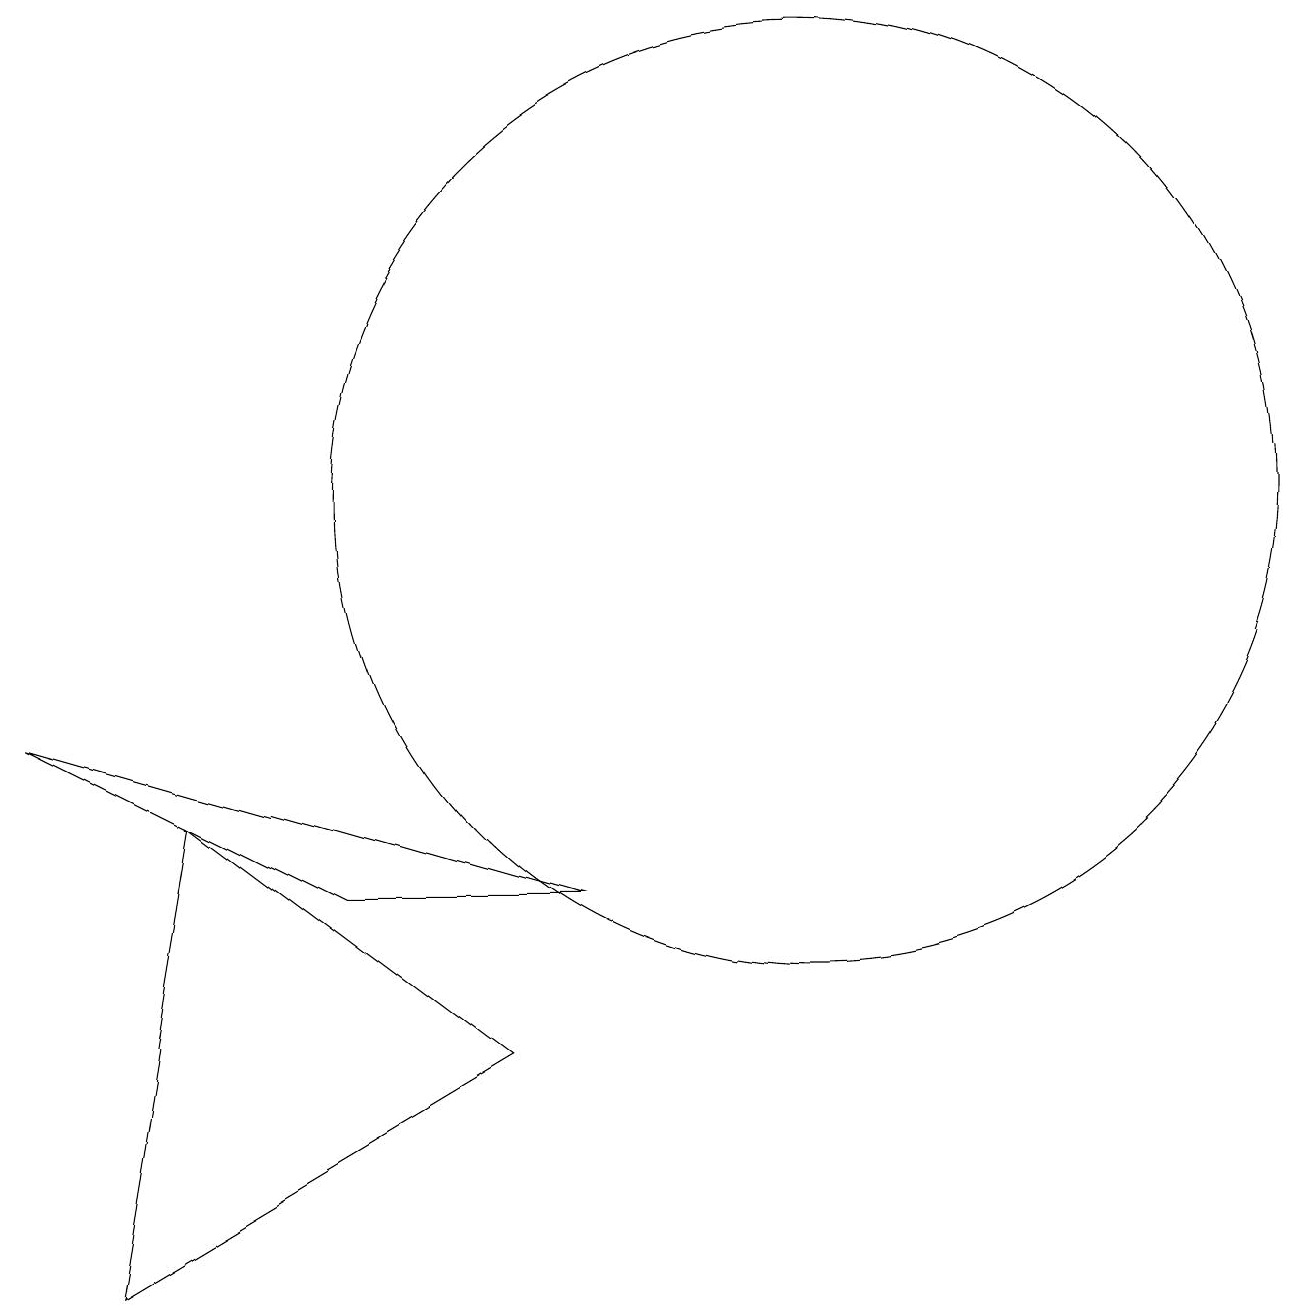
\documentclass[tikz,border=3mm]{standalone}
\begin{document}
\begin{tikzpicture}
\draw (2,1) -- (3,7) -- (7,4) -- cycle;
\draw (11,11) circle (6);
\draw (8,6) -- (5,6) -- (1,8) -- cycle;
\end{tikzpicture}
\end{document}